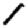
Digit: 1